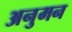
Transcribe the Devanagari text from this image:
अनुमन